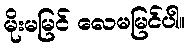
မိုးမမြင် လေမမြင်ပါ။